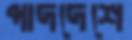
পাদদেশে